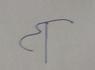
Signature authenticity: forged